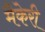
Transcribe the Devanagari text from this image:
मैकेरी